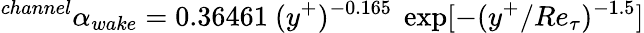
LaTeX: ^{channel}\alpha_{wake}=0.36461~(y^{+})^{-0.165}~\exp[-(y^{+}/Re_{\tau})^{-1.5}]